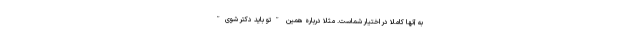
به آنها کاملاً در اختیار شماست. مثلاً درباره همین "تو باید دکتر شوی"